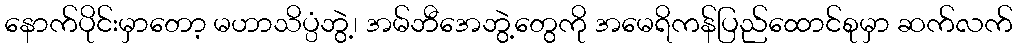
နောက်ပိုင်းမှာတော့ မဟာသိပ္ပံဘွဲ့၊ အမ်ဘီအေဘွဲ့တွေကို အမေရိကန်ပြည်ထောင်စုမှာ ဆက်လက်